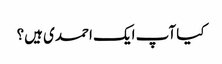
کیا آپ ایک احمدی ہیں؟